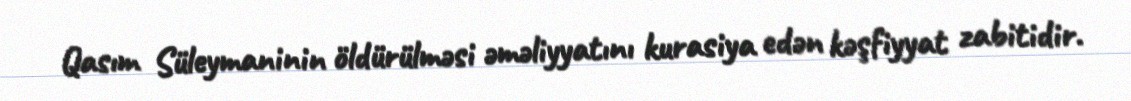
Qasım Süleymaninin öldürülməsi əməliyyatını kurasiya edən kəşfiyyat zabitidir.